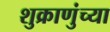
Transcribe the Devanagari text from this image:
शुक्राणुंच्या